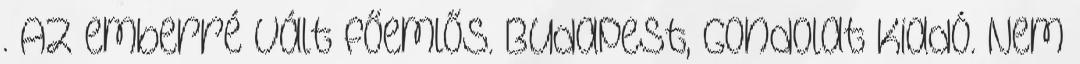
. Az emberré vált főemlős. Budapest, Gondolat Kiadó. Nem